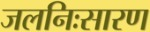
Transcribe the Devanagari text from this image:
जलनिःसारण